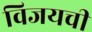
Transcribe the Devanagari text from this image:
विजयची